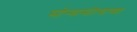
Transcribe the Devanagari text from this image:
सोन्यामोत्याच्या